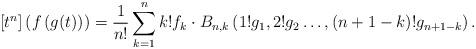
LaTeX: \begin{align*}[t^n] \left( f\left( g(t) \right) \right) &=\frac{1}{n!} \sum_{k=1}^n k!f_k \cdot B_{n,k} \left( 1! g_1, 2! g_2 \ldots,(n+1-k)! g_{n+1-k} \right) .\end{align*}